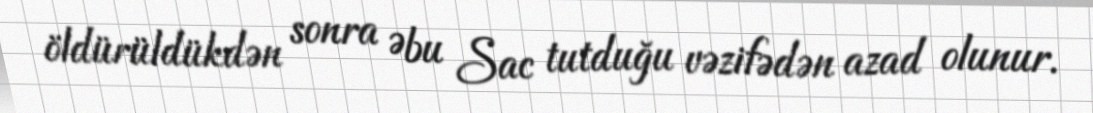
öldürüldükdən sonra Əbu Sac tutduğu vəzifədən azad olunur.